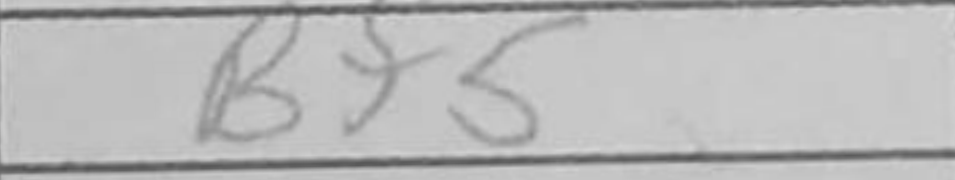
Transcription: Bf5